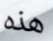
هذه